Lunatic asylums Central Provinces reports 1895-1909 - 1895-1909
Year: 1895
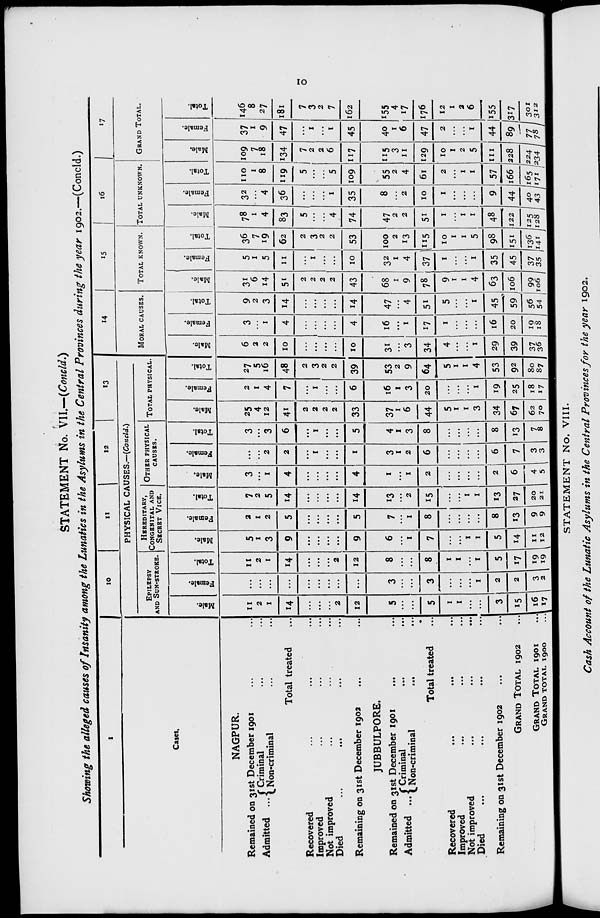
10
STATEMENT No. VII—(Concld.)
Showing the alleged causes of Insanity among the Lunatics in the Asylums in the Central Provinces during the year 1902.—(Concld.)
1
Cases.
NAGPUR.
Remained on 31st December 1901 ... ...
Admitted ... Criminal ... ...
Non-criminal ... ...
Total treated ...
Recovered ... ... ...
Improved ... ... ...
Not improved ... ... ...
Died
...
...
...
...
Remaining on 31st December 1902 ...
JUBBULPORE.
Remained on 31 st December 1901 ... ...
Admitted ... Criminal ... ...
Non-criminal
...
...
Total treated ... ... ...
Recovered ... ... ...
Improved ... ... ...
Not improved ... ... ...
Died ... ... ... ...
Remaining on 31 st December 1902 ... ...
GRAND
TOTAL
1902 ...
GRAND
TOTAL
1901 ...
GRAND TOTAL 1900 ...
10
11
12
13
PHYSICAL CAUSES.––(Concld.)
EPILEPSY
AND SUN-STROKE.
Male.
11
2
1
14
...
...
...
2
12
5
...
...
5
1
1
...
...
3
15
16
17
Female.
...
...
...
...
...
...
...
...
...
3
...
...
3
...
...
...
1
2
2
3
2
Total.
11
2
1
14
...
...
...
2
12
8
...
...
8
1
1
...
1
5
17
19
19
HEREDITARY,
CONGENITAL AND
SECRET VICE.
Male.
5
1
3
9
...
...
...
...
9
6
...
1
7
...
...
1
1
5
14
11
12
Female.
2
1
2
5
...
...
...
...
5
7
...
1
8
...
...
...
...
8
13
9
9
Total.
7
2
5
14
...
...
...
...
14
13
...
2
15
...
...
1
1
13
27
20
21
OTHER PHYSICAL
CAUSES.
Male.
3
...
1
4
...
...
...
...
4
1
...
1
2
...
...
...
...
2
6
4
5
Female.
...
...
2
2
...
1
...
...
1
3
1
2
6
...
...
...
...
6
7
3
3
Total.
3
...
3
6
...
1
...
...
5
4
1
3
8
...
...
...
...
8
13
7
8
TOTAL PHYSICAL.
Male.
25
4
12
41
2
2
2
2
33
37
1
6
44
5
1
1
3
34
67
62
70
Female.
2
1
4
7
...
1
...
...
6
16
1
3
20
...
...
...
1
19
25
18
17
Total.
27
5
16
48
2
3
2
2
39
53
2
9
64
5
1
1
4
53
92
80
87
14
MORAL CAUSES.
Male.
6
2
2
10
...
...
...
...
10
31
...
3
34
4
...
...
1
29
39
37
36
Female.
3
...
1
4
...
...
...
...
4
16
...
1
17
1
...
...
...
16
20
19
18
Total.
9
2
3
14
...
...
...
...
14
47
...
4
51
5
...
...
1
45
59
56
54
15
TOTAL KNOWN.
Male.
31
6
14
51
2
2
2
2
43
68
1
9
78
9
1
1
4
63
106
99
106
Female.
5
1
5
11
...
1
...
...
10
32
1
4
37
1
...
...
1
35
45
37
35
Total.
36
7
19
62
2
3
2
2
53
100
2
13
115
10
1
1
5
98
151
136
141
16
TOTAL UNKNOWN.
Male.
78
1
4
83
5
...
...
4
74
47
2
2
51
1
...
1
1
48
122
125
128
Female.
32
...
4
36
...
...
...
1
35
8
...
2
10
1
...
...
...
9
44
40
43
Total.
110
1
8
119
5
...
...
5
109
55
2
4
61
2
...
1
1
57
166
165
171
17
GRAND TOTAL.
Male.
109
7
18
134
7
2
2
6
117
115
3
11
129
10
1
2
5
111
228
224
234
Female.
37
1
9
47
...
1
...
1
45
40
1
6
47
2
...
...
1
44
89
77
78
Total.
146
8
27
181
7
3
2
7
162
155
4
17
176
12
1
2
6
155
317
301
312